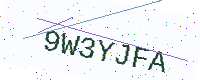
Text: 9W3YJFA